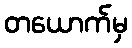
တယောက်မှ